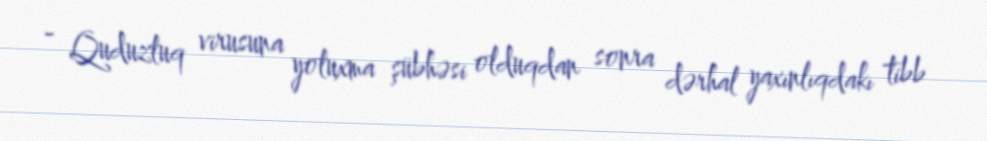
- Quduzluq virusuna yoluxma şübhəsi olduqdan sonra dərhal yaxınlıqdakı tibb